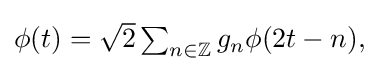
{\textstyle \phi (t)={\sqrt {2}}\sum _{n\in \mathbb {Z} }g_{n}\phi (2t-n),}